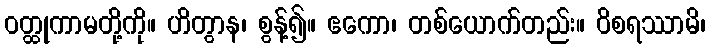
ဝတ္ထုကာမတို့ကို။ ဟိတွာန၊ စွန့်၍။ ဧကော၊ တစ်ယောက်တည်း။ ဝိစရဿာမိ၊